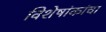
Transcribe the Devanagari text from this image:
विशेषांकांचा